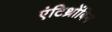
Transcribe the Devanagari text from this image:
एंटिथ्रोंबिन